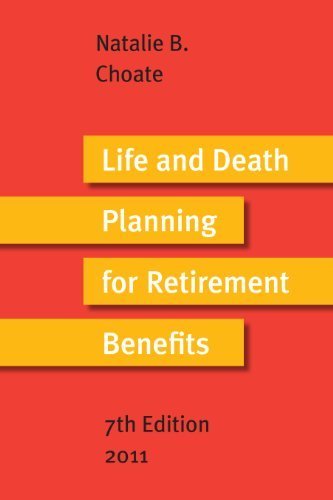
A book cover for Life and Death Planning for Retirement Benefits 2011 : The Essential Handbook for Estate Planners; Natalie B. Choate; Business & Money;